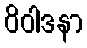
ဝိဝါဒနာ